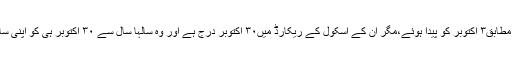
وہ اپنی سفری دستاویزات کے مطابق٣ اکتوبر کو پیدا ہوئے،مگر ان کے اسکول کے ریکارڈ میں٣٠ اکتوبر درج ہے اور وہ سالہا سال سے ٣٠ اکتوبر ہی کو اپنی سالگرہ کا اہتمام کرتے رہے ہیں۔